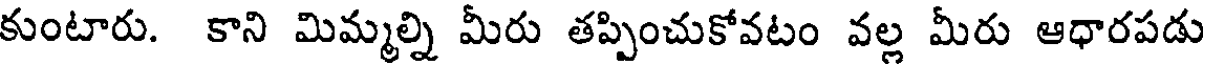
కుంటారు. కాని మిమ్మల్ని మీరు తప్పించుకోవటం వల్ల మీరు ఆధారపడు